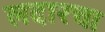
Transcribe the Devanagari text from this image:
लदारचा